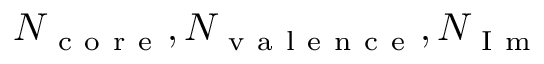
N _ { \mathrm { ~ c ~ o ~ r ~ e ~ } } , N _ { \mathrm { ~ v ~ a ~ l ~ e ~ n ~ c ~ e ~ } } , N _ { \mathrm { ~ I ~ m ~ } }